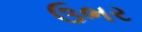
ઉભર